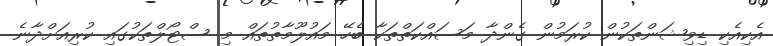
އެކިއެކި ޑިވިޝަންތަކުން ކުރަމުން ގެންދާ މަސައްކަތްތަކާ ބެހޭ މައުލޫމާތުތައް މި ސްޓޯލްތަކުގައި ކުރިއަށްދާނެ